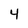
Character: 4